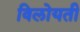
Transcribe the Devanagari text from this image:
विलोयती